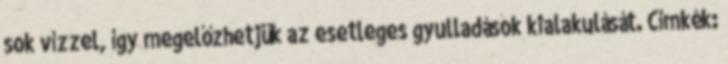
sok vízzel, így megelőzhetjük az esetleges gyulladások kialakulását. Címkék: